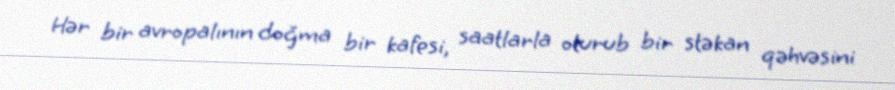
Hər bir avropalının doğma bir kafesi, saatlarla oturub bir stəkan qəhvəsini